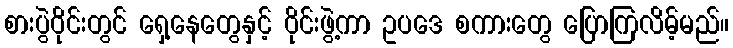
စားပွဲဝိုင်းတွင် ရှေ့နေတွေနှင့် ဝိုင်းဖွဲ့ကာ ဥပဒေ စကားတွေ ပြောကြလိမ့်မည်။